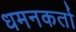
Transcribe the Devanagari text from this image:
धमनकर्ता